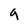
Character: a